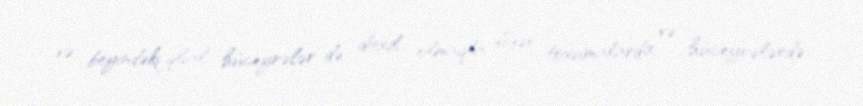
və beyindəki qlial hüceyrələr də daxil olmaqla digər toxumalarda və hüceyrələrdə